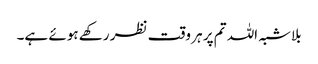
بلاشبہ اللہ تم پر ہر وقت نظر رکھے ہوئے ہے۔